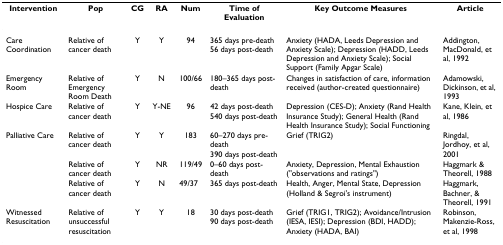
| Intervention | Pop | CG | RA | Num | Time of Evaluation | Key Outcome Measures | Article |
 | --- | --- | --- | --- | --- | --- | --- | --- |
 | Care Coordination | Relative of cancer death | Y | Y | 94 | 365 days pre-death56 days post-death | Anxiety (HADA, Leeds Depression and Anxiety Scale); Depression (HADD, Leeds Depression and Anxiety Scale); Social Support (Family Apgar Scale) | Addington, MacDonald, et al, 1992 |
 | Emergency Room | Relative of Emergency Room Death | Y | N | 100/66 | 180–365 days post-death | Changes in satisfaction of care, information received (author-created questionnaire) | Adamowski, Dickinson, et al, 1993 |
 | Hospice Care | Relative of cancer death | Y | Y-NE | 96 | 42 days post-death540 days post-death | Depression (CES-D); Anxiety (Rand Health Insurance Study); General Health (Rand Health Insurance Study); Social Functioning | Kane, Klein, et al, 1986 |
 | Palliative Care | Relative of cancer death | Y | Y | 183 | 60–270 days pre-death390 days post-death | Grief (TRIG2) | Ringdal, Jordhoy, et al, 2001 |
 |  | Relative of cancer death | Y | NR | 119/49 | 0–60 days post-death | Anxiety, Depression, Mental Exhaustion ("observations and ratings") | Haggmark & Theorell, 1988 |
 |  | Relative of cancer death | Y | N | 49/37 | 365 days post-death | Health, Anger, Mental State, Depression (Holland & Segroi's instrument) | Haggmark, Bachner, & Theorell, 1991 |
 | Witnessed Resuscitation | Relative of unsuccessful resuscitation | Y | Y | 18 | 30 days post-death 90 days post-death | Grief (TRIG1, TRIG2); Avoidance/Intrusion (IESA, IESI); Depression (BDI, HADD); Anxiety (HADA, BAI) | Robinson, Makenzie-Ross, et al, 1998 |